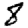
Digit: 8